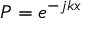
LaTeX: P = e ^ { - j k x }